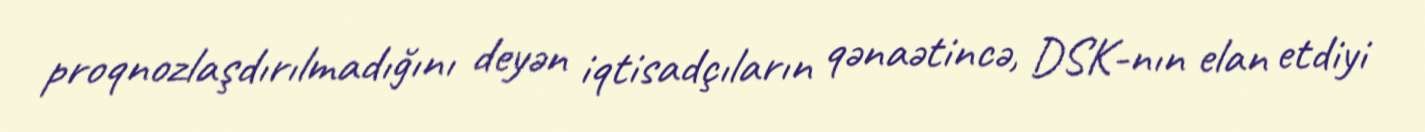
proqnozlaşdırılmadığını deyən iqtisadçıların qənaətincə, DSK-nın elan etdiyi